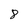
Character: 8